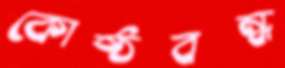
কোষ্ঠবন্ধ